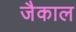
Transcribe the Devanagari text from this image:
जैकाल